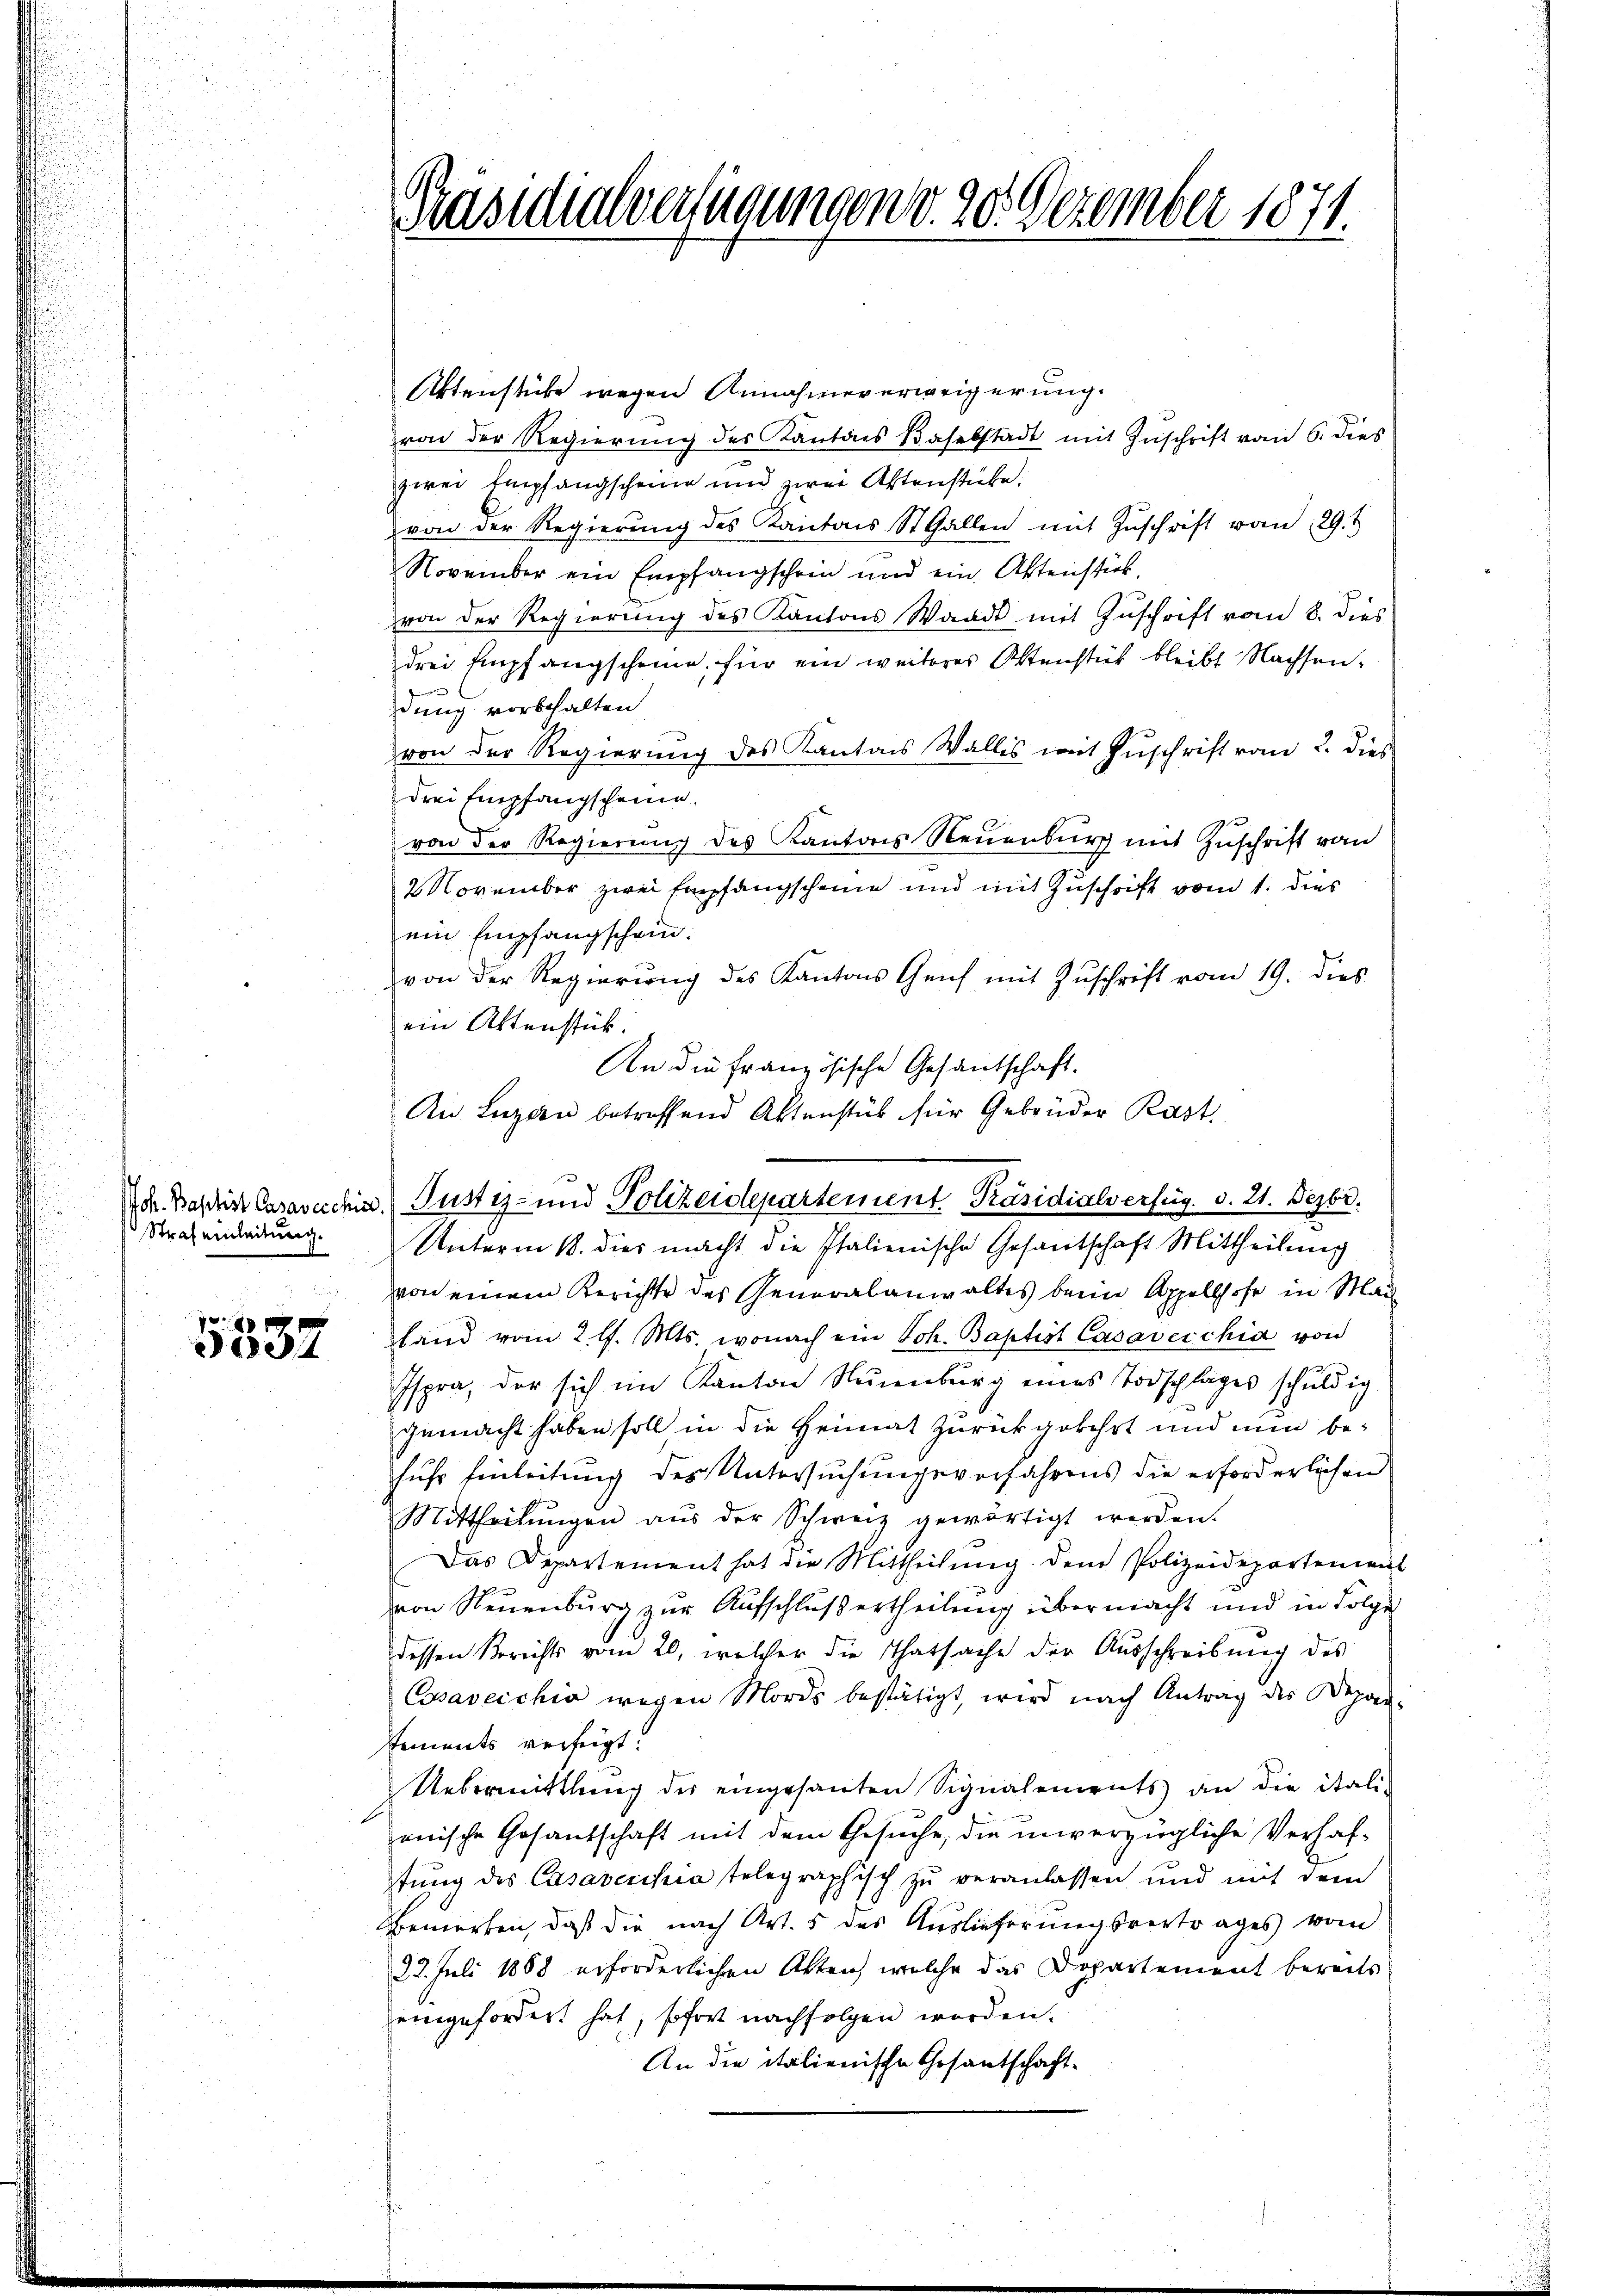
Straf einleitung.

5537

Artenstücke wegen Annahmeverweigerung.
von der Regierung des Kantons Baselstadt mit Zuschrift vom 6. dies
zwei Empfangscheine und zwei Aktenstücke.
von der Regierŭng des Kantons St. Gallen mit Zŭschrift vom 29. t
November ein Empfangschein und ein Aktenstück,
von der Regierung des Kantons Waadt mit Zuschrift vom 8. dies
drei Empfangscheine für ein weiteres Ostenstück bleibt Nachsendung vorbehalten.
von der Regierung des Kantons Wallis mit Zuschrift vom 2. dies
drei Empfangscheine
von der Regierŭng des Kantons Neuenburg mit Zuschrift von
2 November zwei Empfangscheine und mit Zuschrift vom 1. dies
ein Empfangschein.
von der Regierung des Kantons Genf mit Zuschrift vom 19. dies
ein Aktenstück.
An die Französische Gesantschaft.
Unterm 18. dies macht die Italienische Gesantschaft Mittheilung
von einem Berichte des Generalanwaltes beim Appellhofe in Man
land vom 2. l. Mts. wonach ein Joh. Baptist Casaverchia von
Ispra, der sich im Kanton Neuenburg eines Todschlages schŭldig
gemacht haben soll in die Heimat zurückgekehrt und nun befuhr Einleitung des Untersuchungsverfahrens die erforderlichen
Mittheilŭngen aŭs der Schweiz gewärtigt werden.
Das Departement hat die Mittheilŭng dem Polizeidepartement
von Neuenburg zur Aufschluß ertheilung übermacht und in Folge
dessen Berichts vom 20. welcher die Thatsache der Aŭsschreibŭng des
Cosavecchio wegen Mordes bestätigt, wird nach Antrag des Depar-
sements verfügt:
Uebermittlung der eingesanten Signalements an die itali-
enische Cosantschaft mit dem Gesuche, die unverzügliche Verhafstung des Casavecchia telegraphisch zu veranlassen und mit dem
Bemerken, daß die nach Art. 5 des Auslieferungsvertrages vom
22. Juli 1888 erforderlichen Akten, welche das Dopartement bereits
eingefordert hat, sofort nachfolgen worden.
An die italienische Gesantschaft

Präsidialvertigungen d. 20. Dezember 1871

An Luzern betreffend Aktenstück für Gebrüder Rast.
Dr. Basis Casavecchi, Pustiz- und Polizeidepartement Präsidialverfüg. v. 21. Dezbr.